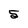
Character: 5